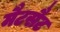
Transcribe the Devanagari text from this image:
मैटसैट